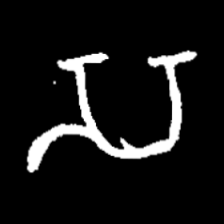
Pyu character \u2014 Myanmar letter: သ (romanized: sa)